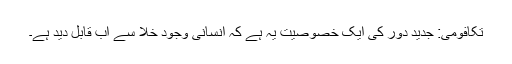
تکافومی: جدید دور کی ایک خصوصیت یہ ہے کہ انسانی وجود خلا سے اب قابلِ دید ہے۔